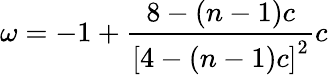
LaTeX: \omega=-1+\frac{8-(n-1)c}{\left[4-(n-1)c\right]^{2}}c